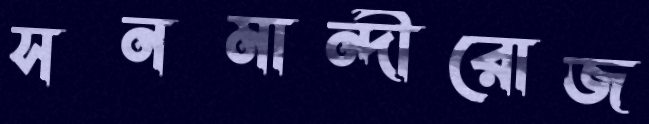
সনমান্দীরোজ